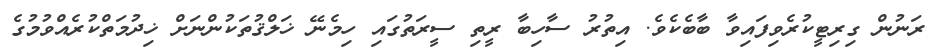
ރަނުން ގިރިޓީކުރެވިފައިވާ ބާބެކެވެ. އިތުރު ސާހިބާ ރީތި ސީރަތުގައި ހިމެނޭ ޚަލްޤުތަކުންނަށް ޚިދުމަތްކުރެއްވުމުގެ